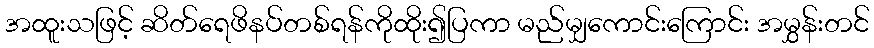
အထူးသဖြင့် ဆိတ်ရေဖိနပ်တစ်ရန်ကိုထိုး၍ပြကာ မည်မျှကောင်းကြောင်း အမွှန်းတင်